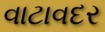
વાટાવદર